Annual administration report of the Civil Veterinary Department of India - 1896-1897
Year: 1896
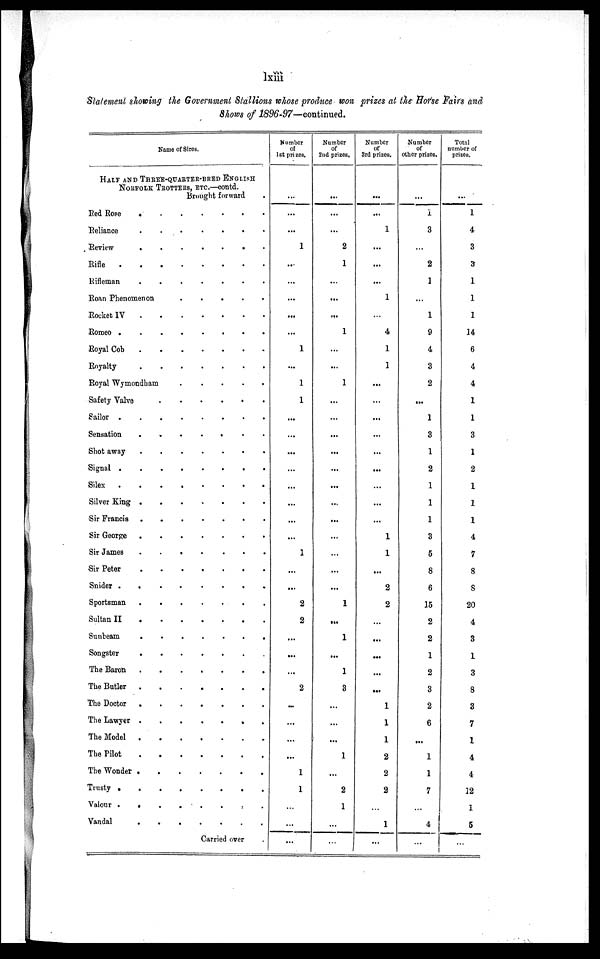
lxiii
Statement showing the Government Stallions whose produce won prizes at the Horse Pairs and
Shows of 1896-97—continued.
Name of Sires.
HALF AND THREE-QUARTER-BRED ENGLISH
NORFOLK TROTTERS, ETC.—contd.
Brought forward
Red Rose
.
.
.
.
.
.
.
Reliance
.
.
.
.
.
.
.
Review
.
.
.
.
.
.
.
Rifle
Rifleman
Roan Phenomenon
.
.
.
.
.
Rocket IV
Romeo
.
.
.
.
.
.
.
.
Royal Cob
.
.
.
.
.
.
.
Royalty
Royal Wymondham
.
.
.
.
.
Safety Valve
.
.
.
.
.
.
Sailor
Sensation
.
.
.
.
.
.
Shot away
Signal
.
.
.
.
.
.
.
.
Silex
.
.
.
.
.
.
.
.
Silver King
.
.
.
.
.
.
.
Sir Francis
Sir George
.
.
.
.
.
.
.
Sir James
.
.
.
.
.
.
.
Sir Peter
.
.
.
.
.
.
.
Snider
.
.
.
.
.
.
.
.
Sportsman
.
.
.
.
.
.
.
Sultan II
Sunbeam
.
.
.
.
.
.
.
Songster
.
.
.
.
.
.
.
The Baron
The Butler
The Doctor
The Lawyer
.
.
.
.
.
.
.
The Model
The Pilot
The Wonder
Trusty
Valour
.
.
.
.
.
.
.
.
Vandal
Carried over
Number
of
1st prizes.
...
...
...
1
...
...
...
...
...
1
...
1
1
...
...
...
...
...
...
...
...
1
...
...
2
2
...
...
...
2
...
...
...
...
1
1
...
...
...
Number
of
2nd prizes.
...
...
...
2
1
...
...
...
1
...
...
1
...
...
...
...
...
...
...
...
...
...
...
...
1
...
1
...
1
3
...
...
...
1
...
2
1
...
...
Number
of
3rd prizes.
...
...
1
...
...
...
1
4
1
1
...
...
...
...
...
...
...
...
...
1
1
...
2
2
...
...
...
...
...
1
1
1
2
2
2
1
...
Number
of
other prizes.
...
1
3
...
2
1
...
1
9
4
3
2
...
1
3
1
2
1
1
1
3
5
8
6
15
2
2
1
2
3
2
6
...
1
1
7
...
4
...
Total
number of
prizes.
...
1
4
3
3
1
1
1
14
6
4
4
1
1
3
1
2
1
1
1
4
7
8
8
20
4
3
1
3
8
3
7
1
4
4
32
1
5
...